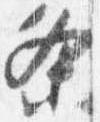
条